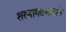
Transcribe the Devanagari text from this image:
शरणागतभावाने